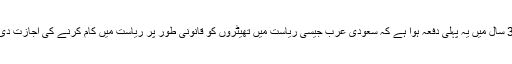
گزشتہ 35 سال میں یہ پہلی دفعہ ہوا ہے کہ سعودی عرب جیسی ریاست میں تھیٹروں کو قانونی طور پر ریاست میں کام کرنے کی اجازت دی گئی ہے۔